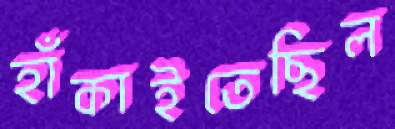
হাঁকাইতেছিল